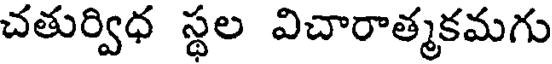
చతుర్విధ స్థల విచారాత్మకమగు